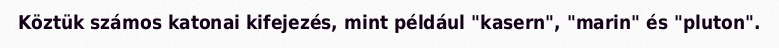
Köztük számos katonai kifejezés, mint például "kasern", "marin" és "pluton".